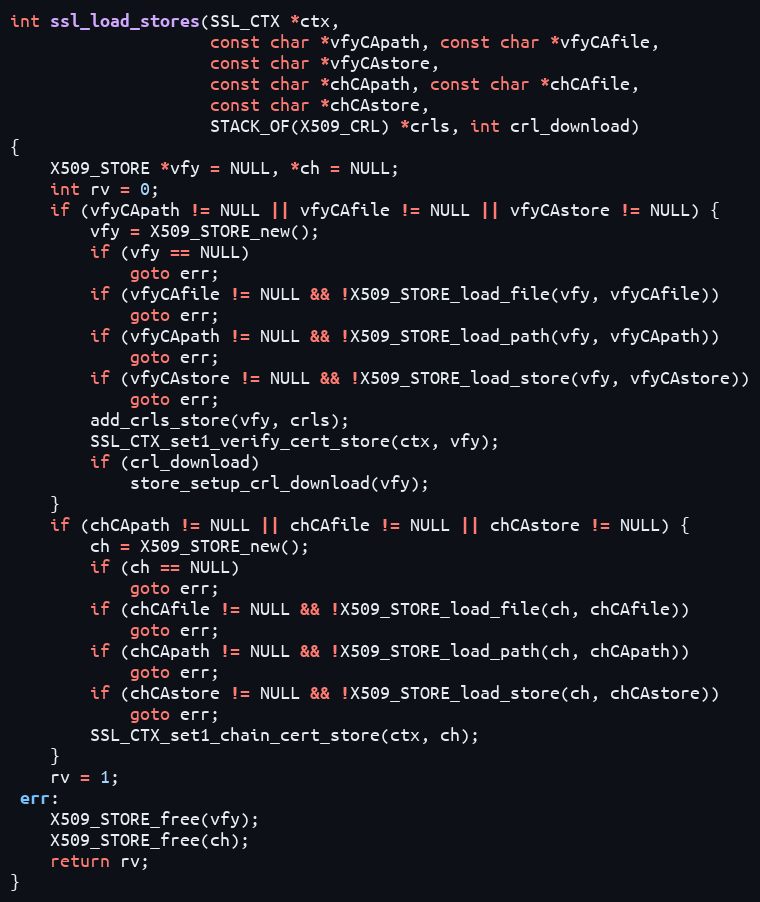
Language: C
int ssl_load_stores(SSL_CTX *ctx,
                    const char *vfyCApath, const char *vfyCAfile,
                    const char *vfyCAstore,
                    const char *chCApath, const char *chCAfile,
                    const char *chCAstore,
                    STACK_OF(X509_CRL) *crls, int crl_download)
{
    X509_STORE *vfy = NULL, *ch = NULL;
    int rv = 0;
    if (vfyCApath != NULL || vfyCAfile != NULL || vfyCAstore != NULL) {
        vfy = X509_STORE_new();
        if (vfy == NULL)
            goto err;
        if (vfyCAfile != NULL && !X509_STORE_load_file(vfy, vfyCAfile))
            goto err;
        if (vfyCApath != NULL && !X509_STORE_load_path(vfy, vfyCApath))
            goto err;
        if (vfyCAstore != NULL && !X509_STORE_load_store(vfy, vfyCAstore))
            goto err;
        add_crls_store(vfy, crls);
        SSL_CTX_set1_verify_cert_store(ctx, vfy);
        if (crl_download)
            store_setup_crl_download(vfy);
    }
    if (chCApath != NULL || chCAfile != NULL || chCAstore != NULL) {
        ch = X509_STORE_new();
        if (ch == NULL)
            goto err;
        if (chCAfile != NULL && !X509_STORE_load_file(ch, chCAfile))
            goto err;
        if (chCApath != NULL && !X509_STORE_load_path(ch, chCApath))
            goto err;
        if (chCAstore != NULL && !X509_STORE_load_store(ch, chCAstore))
            goto err;
        SSL_CTX_set1_chain_cert_store(ctx, ch);
    }
    rv = 1;
 err:
    X509_STORE_free(vfy);
    X509_STORE_free(ch);
    return rv;
}